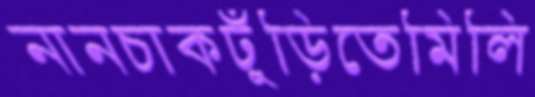
নানচাকঢুঁড়িতেমিলি